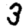
Digit: 3